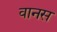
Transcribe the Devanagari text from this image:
वानस